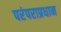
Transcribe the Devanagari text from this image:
परंपराप्रधान